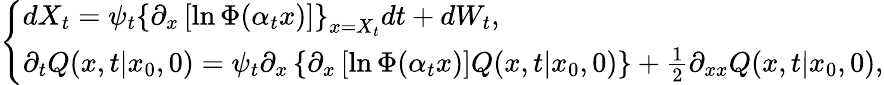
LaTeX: \left\{ \begin{array}{l}{dX_{t}=\psi_{t}\left\{ \partial_{x}\left[\ln\Phi(\alpha_{t}x)\right]\right\} _{x=X_{t}}dt+dW_{t},}\\ {\partial_{t}Q(x,t|x_{0},0)=\psi_{t}\partial_{x}\left\{ \partial_{x}\left[\ln\Phi(\alpha_{t}x)\right]Q(x,t|x_{0},0)\right\} +\frac{1}{2}\partial_{xx}Q(x,t|x_{0},0),}\end{array}\right.